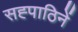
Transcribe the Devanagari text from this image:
सह्पाठिनें